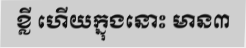
ខ្លី ហើយក្នុងនោះ មាន៣